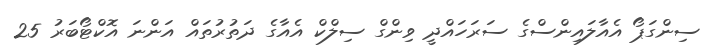
ސިންގަޕޯ އެއާލައިންސްގެ ސަރަހައްދީ ވިންގް ސިލްކް އެއާގެ ދަތުރުތައް އަންނަ އޮކްޓޯބަރު 25